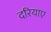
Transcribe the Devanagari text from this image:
दरियाए